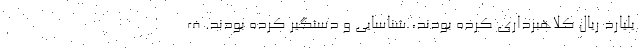
یلیارد ریال کلاهبرداری کرده بودند، شناسایی و دستگیر کرده بودند. ف